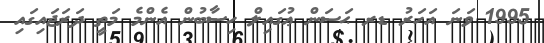
1995 ވަނަ އަހަރު ޑރ ޙަސަން ޢުގައިލް ހިސާބުން އެންމެ މަތީ ދަރަޖައިގައި